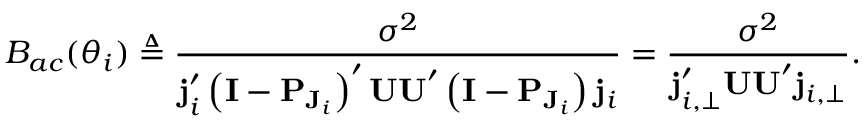
B _ { a c } ( \boldsymbol \theta _ { i } ) \triangleq \frac { \sigma ^ { 2 } } { \mathbf { j } _ { i } ^ { \prime } \left( \mathbf { I } - \mathbf { P } _ { \mathbf { J } _ { i } } \right) ^ { \prime } \mathbf { U U } ^ { \prime } \left( \mathbf { I } - \mathbf { P } _ { \mathbf { J } _ { i } } \right) \mathbf { j } _ { i } } = \frac { \sigma ^ { 2 } } { \mathbf { j } _ { i , \perp } ^ { \prime } \mathbf { U U } ^ { \prime } \mathbf { j } _ { i , \perp } } .